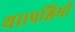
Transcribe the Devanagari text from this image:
था।पश्चिमी